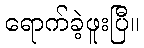
ရောက်ခဲ့ဖူးပြီ။